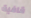
قافية